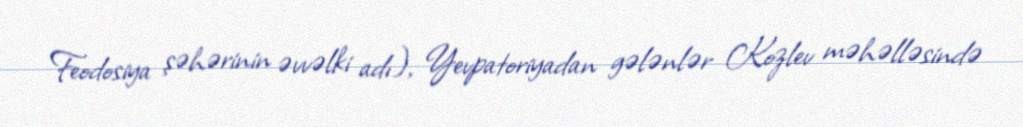
Feodosiya şəhərinin əvvəlki adı), Yevpatoriyadan gələnlər Kozlev məhəlləsində